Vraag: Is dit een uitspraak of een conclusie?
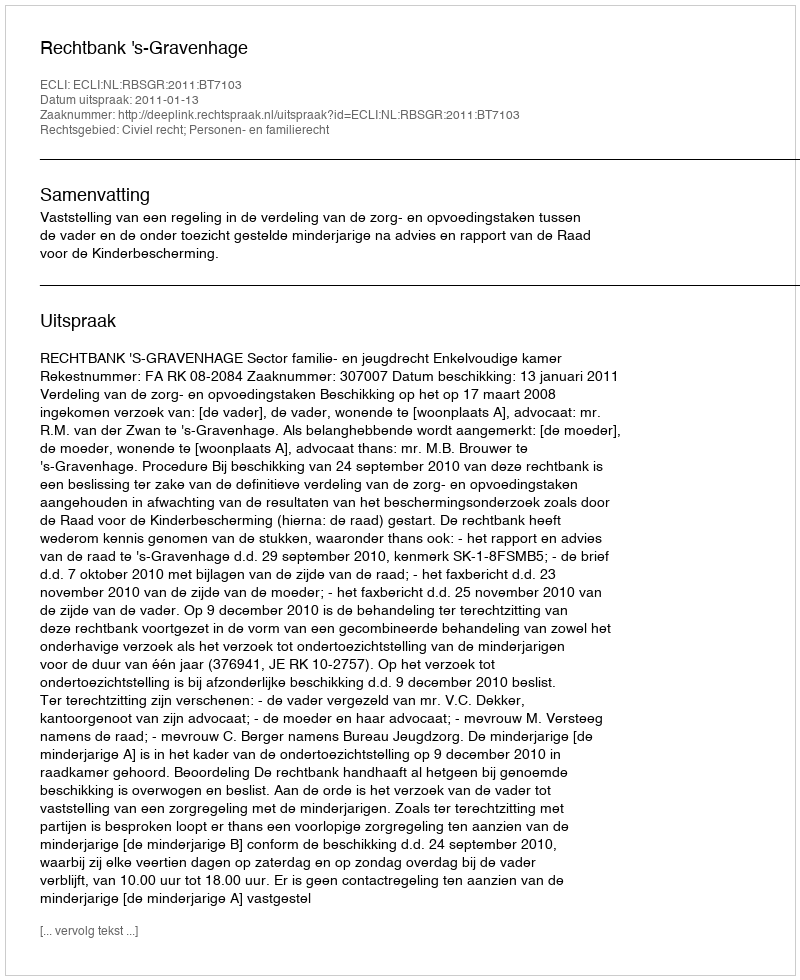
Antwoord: Uitspraak